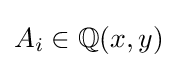
A_{i}\in \mathbb {Q} (x,y)